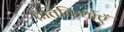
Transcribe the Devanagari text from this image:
प्रतिकिर्याएँ